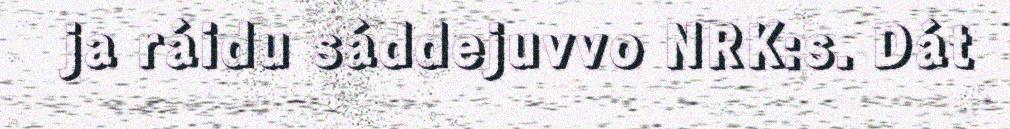
ja ráidu sáddejuvvo NRK:s. Dát